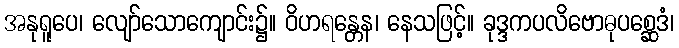
အနုရူပေ၊ လျော်သောကျောင်း၌။ ဝိဟရန္တေန၊ နေသဖြင့်။ ခုဒ္ဒကပလိဗောဓုပစ္ဆေဒံ၊